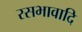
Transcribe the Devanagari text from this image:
रसभावादि